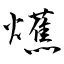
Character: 爑